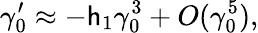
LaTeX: \gamma_{0}^{\prime}\approx-\mathsf{h}_{1}\gamma_{0}^{3}+O(\gamma_{0}^{5}),